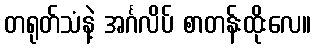
တရုတ်သံနဲ့ အင်္ဂလိပ် စာတန်းထိုးလေ။